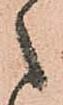
之